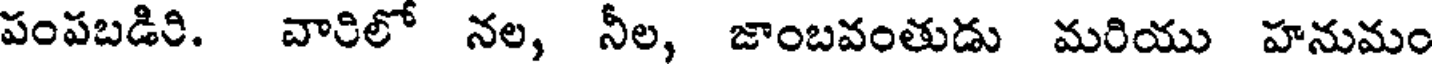
పంపబడిరి. వారిలో నల, నీల, జాంబవంతుడు మరియు హనుమం